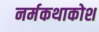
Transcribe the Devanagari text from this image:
नर्मकथाकोश